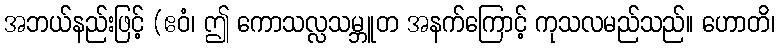
အဘယ်နည်းဖြင့် (ဧဝံ၊ ဤ ကောသလ္လသမ္ဘူတ အနက်ကြောင့် ကုသလမည်သည်။ ဟောတိ၊